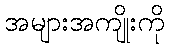
အများအကျိုးကို